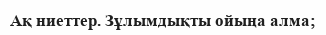
Ақ ниеттер. Зұлымдықты ойыңа алма;